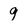
Character: 9